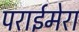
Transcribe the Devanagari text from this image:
पराईमेरा